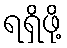
ရရှိဖို့